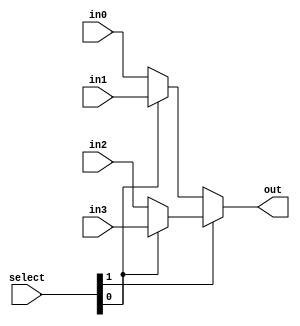
module mux_4_1b(out, select, in0, in1, in2, in3);

    input [1:0] select;
    input in0, in1, in2, in3;
    output out;
    wire w1, w2;

    assign w1 = select[0] ? in1 : in0;
    assign w2 = select[0] ? in3 : in2;
    assign out = select[1] ? w2 : w1;

endmodule